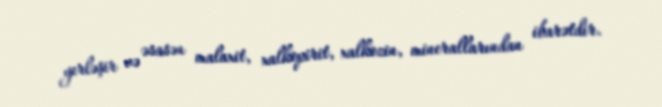
yerləşir və əsasən malaxit, xalkopirit, xalkozin, minerallarından ibarətdir.